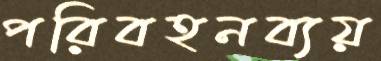
পরিবহনব্যয়